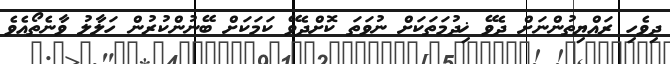
ދިވެހި ރައްޔިތުންނަށް ދެވޭ ޚިދުމަތަކަށް ނުވަތަ ކޮށްދެވޭ ކަމަކަށް ބޭނުންކުރުން ހަލާލު ވާނެތޯއެވެ